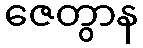
ဇေတွာန